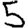
Digit: 5